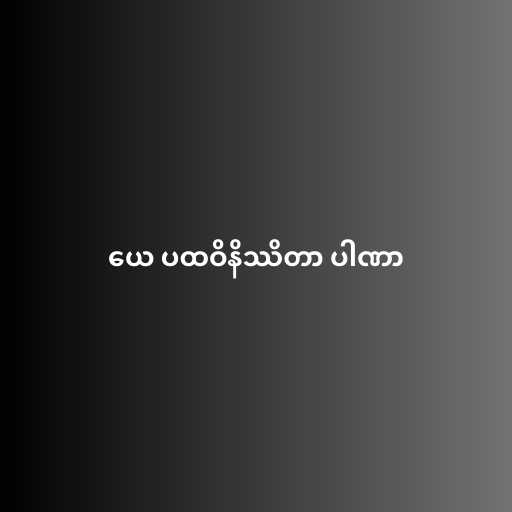
ယေ ပထဝိနိဿိတာ ပါဏာ